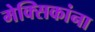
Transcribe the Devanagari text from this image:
मेक्सिकांना